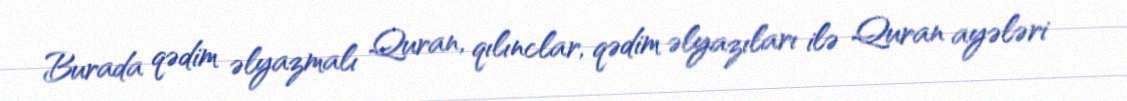
Burada qədim əlyazmalı Quran, qılınclar, qədim əlyazıları ilə Quran ayələri